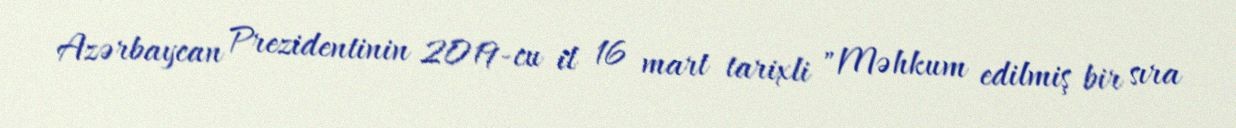
Azərbaycan Prezidentinin 2019-cu il 16 mart tarixli "Məhkum edilmiş bir sıra